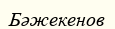
Бәжекенов